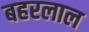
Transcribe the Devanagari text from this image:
बहरलाल